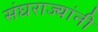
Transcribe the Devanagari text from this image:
संघराज्यांनी